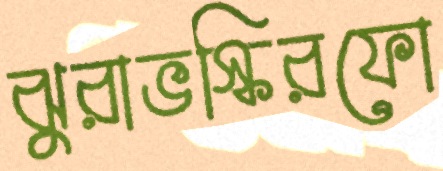
ঝুরাভস্কিরফো